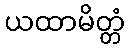
ယထာမိတ္တံ